Report on lock hospitals in British Burma
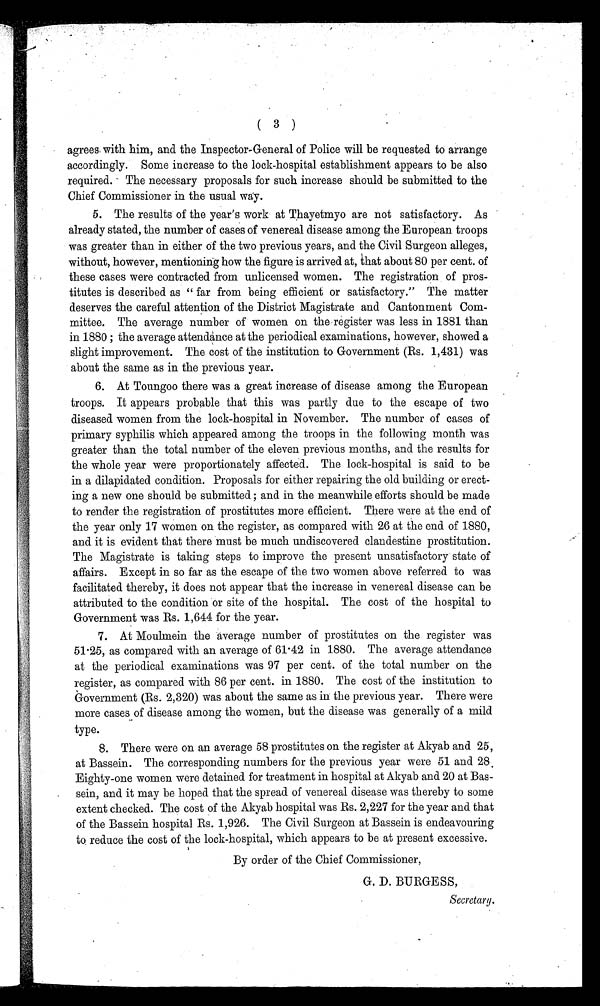
( 3 )
agrees, with him, and the Inspector-General of Police will be requested to arrange
accordingly. Some increase to the lock-hospital establishment appears to be also
required. The necessary proposals for such increase should be submitted to the
Chief Commissioner in the usual way.
5. The results of the year's work at Thayetmyo are not satisfactory. As
already stated, the number of cases of venereal disease among the European troops
was greater than in either of the two previous years, and the Civil Surgeon alleges,
without, however, mentioning how the figure is arrived at, that about 80 per cent. of
these cases were contracted from unlicensed women. The registration of pros-
titutes is described as " far from being efficient or satisfactory." The matter
deserves the careful attention of the District Magistrate and Cantonment Com-
mittee. The average number of women on the register was less in 1881 than
in 1880 ; the average attendance at the periodical examinations, however, showed a
slight improvement. The cost of the institution to Government (Rs. 1,431) was
about the same as in the previous year.
6. At Toungoo there was a great increase of disease among the European
troops. It appears probable that this was partly due to the escape of two
diseased women from the lock-hospital in November. The number of cases of
primary syphilis which appeared among the troops in the following month was
greater than the total number of the eleven previous months, and the results for
the whole year were proportionately affected. The lock-hospital is said to be
in a dilapidated condition. Proposals for either repairing the old building or erect-
ing a new one should be submitted ; and in the meanwhile efforts should be made
to render the registration of prostitutes more efficient. There were at the end of
the year only 17 women on the register, as compared with 26 at the end of 1880,
and it is evident that there must be much undiscovered clandestine prostitution.
The Magistrate is taking steps to improve the present unsatisfactory state of
affairs. Except in so far as the escape of the two women above referred to was
facilitated thereby, it does not appear that the increase in venereal disease can be
attributed to the condition or site of the hospital. The cost of the hospital to
Government was Rs. 1,644 for the year.
7. At Moulmein the average number of prostitutes on the register was
51.25, as compared with an average of 61.42 in 1880. The average attendance
at the periodical examinations was 97 per cent. of the total number on the
register, as compared with 86 per cent. in 1880. The cost of the institution to
Government (Rs. 2,320) was about the same as in the previous year. There were
more cases of disease among the women, but the disease was generally of a mild
type.
8. There were on an average 58 prostitutes on the register at Akyab and 25,
at Bassein. The corresponding numbers for the previous year were 51 and 28.
Eighty-one women were detained for treatment in hospital at Akyab and 20 at Bas-
sein, and it may be hoped that the spread of venereal disease was thereby to some
extent checked. The cost of the Akyab hospital was Rs. 2,227 for the year and that
of the Bassein hospital Rs. 1,926. The Civil Surgeon at Bassein is endeavouring
to reduce the cost of the lock-hospital, which appears to be at present excessive.
By order of the Chief Commissioner,
G. D. BURGESS,
Secretary.